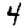
Digit: 4